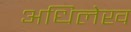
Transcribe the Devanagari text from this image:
अधिलेख